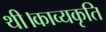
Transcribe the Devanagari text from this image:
थी।काव्यकृति